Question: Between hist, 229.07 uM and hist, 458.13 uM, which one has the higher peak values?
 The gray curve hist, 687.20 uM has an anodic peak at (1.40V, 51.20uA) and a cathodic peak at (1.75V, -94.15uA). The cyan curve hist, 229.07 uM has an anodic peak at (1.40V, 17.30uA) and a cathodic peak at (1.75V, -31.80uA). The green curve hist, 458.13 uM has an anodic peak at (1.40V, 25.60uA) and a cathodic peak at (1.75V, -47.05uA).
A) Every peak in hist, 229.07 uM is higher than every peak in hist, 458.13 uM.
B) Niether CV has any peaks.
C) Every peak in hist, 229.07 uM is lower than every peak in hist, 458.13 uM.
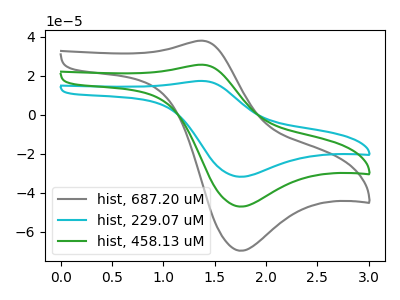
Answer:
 <answer>C) Every peak in "hist, 229.07 uM" is lower than every peak in "hist, 458.13 uM".</answer>
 <eval>C</eval>